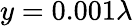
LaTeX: y=0.001\lambda